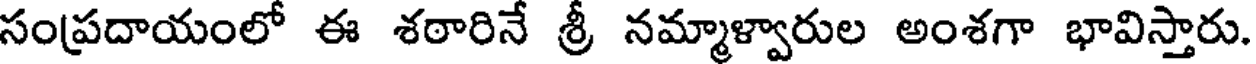
సంప్రదాయంలో ఈ శఠారినే శ్రీ నమ్మాళ్వారుల అంశగా భావిస్తారు.